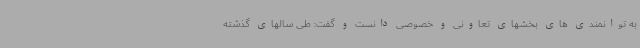
به توانمندی های بخشهای تعاونی و خصوصی دانست و گفت: طی سالهای گذشته